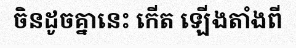
ចិនដូចគ្នានេះ កើត ឡើងតាំងពី